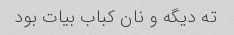
ته دیگه و نان کباب بیات بود